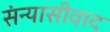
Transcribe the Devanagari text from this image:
संन्यासीवाद